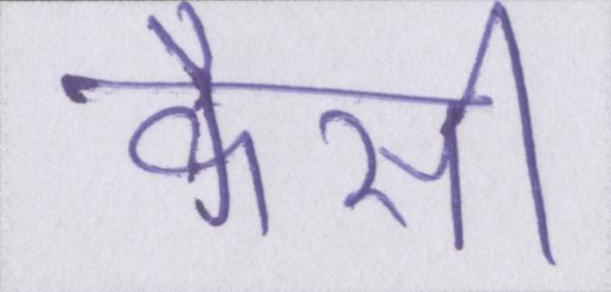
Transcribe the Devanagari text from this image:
कैसी